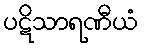
ပဋိသာရဏီယံ